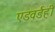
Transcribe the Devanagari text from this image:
एडवर्डही